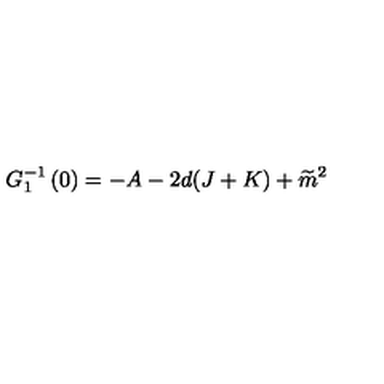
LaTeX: G _ { 1 } ^ { - 1 } \left( 0 \right) = - A - 2 d ( J + K ) + \widetilde { m } ^ { 2 }